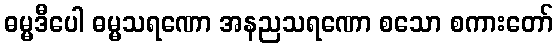
ဓမ္မဒီပေါ ဓမ္မသရဏော အနညသရဏော စသော စကားတော်